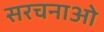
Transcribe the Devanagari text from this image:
सरचनाओ